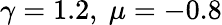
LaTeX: \gamma=1.2,\ \mu=-0.8